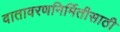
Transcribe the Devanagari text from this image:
वातावरणनिर्मितीसाठी